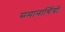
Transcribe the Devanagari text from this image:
समानार्थियों